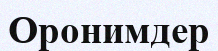
Оронимдер